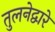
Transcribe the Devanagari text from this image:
तुलनेद्वारे